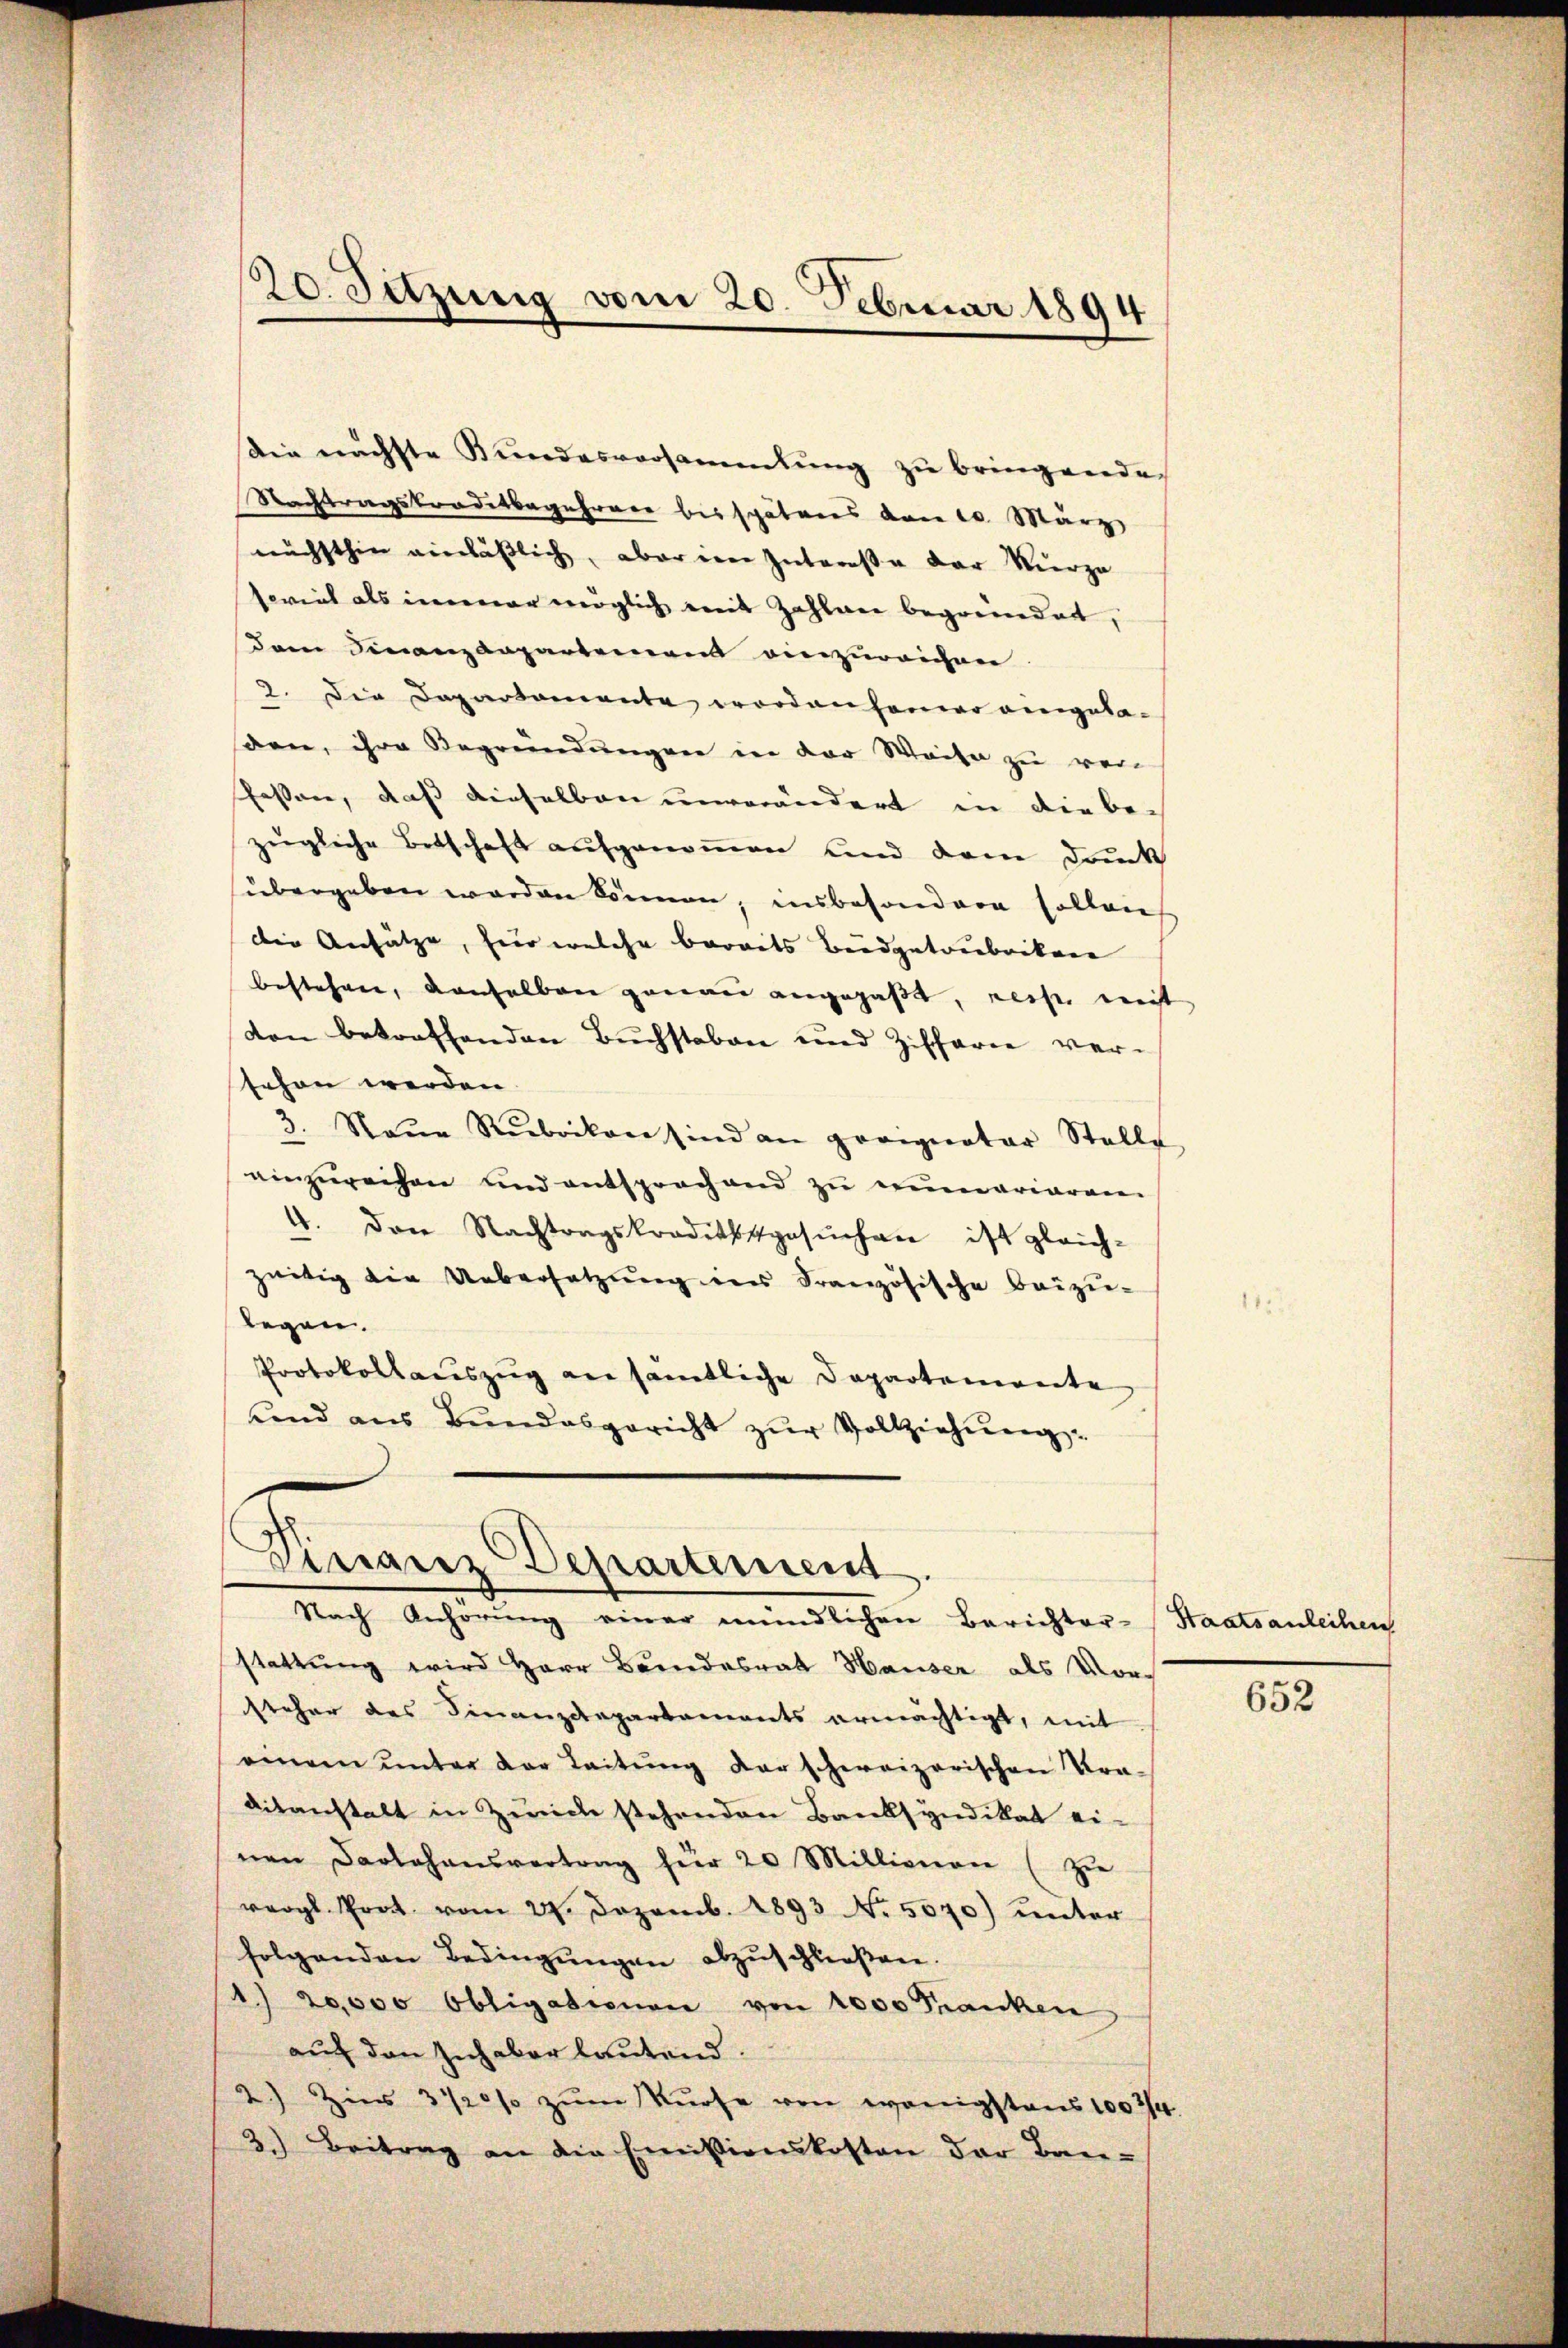
20. Sitzung vom 20. Februar 1894

die nächste Kundesversammlung zu bringende
Nachtragstraditbegehrer bis späteres von 20. März
nächsthin einläβlich, aber ein Intereße der Kürze
soviel als immer möglich mit Zahlane begründet,
dem Finanzdepartement einzureichen
2. Die Departamente worden ferner angelasen, ihre Begründungen in der Weise zu verfassen, daß dieselben unverändert in die bezügliche Betschaft aufgenommen und dem Druck
übergeben worden können, insbesondere sollens
die Ansätze, hier welche bereits Budgetrubrikare
bestehen, denselben genau angepaßt, rechte nicht
don betreffenden Buchstaben und Zifferie ver-
sehen werden
3. Neŭe Rubrikon sind an proignatar Stelle
einzureihen und entsprochend zu nimariaren
4. Den Nachtragskraditschgesŭchen ist gleich-
zeitig die Uebersetzung ins Französische beizu-
legen.
Protokollauszug an sämtliche Departenerente
und aŭs Bŭndesgericht zŭr Vollziehŭng.

Finanz Departement
Nach Anhörung einer mündlichen Berichter-Staatsanleihen

stattung wird Herr Beendesrath Hauser als Vorsteher des Finanzdepartaments ermächtigt, mit
einem ŭnter der Leitŭng darschweizerischen Tra-
ditanstalt in Zürich stehenden Banksyndikat ei-
nen Darlehensvertrag für 20 Millionen (zu
vergl. Prot vom 27. Dezemb. 1893 No. 5070) unter
folgenden Bedingŭngen abzŭschließen.
1) 20,000 Obligationen von 1000 Franken
auf den Inhaber lautend
2.) Hier 3 1/2% zum Kurse von wenigstens 1002/4
3.) Beitrag an die Emissionskosten der Bau-

652